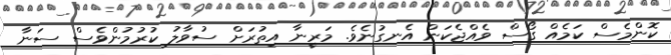
ކޮންމެސް ކަމެއް ގޯސް ވެއްޖެކަން އެނގުނެވެ. މަރީނާ އިތުރަށް ސުވާލު ކުރުމުންވެސް ސަނާ